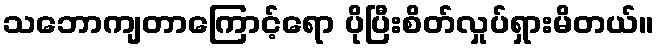
သဘောကျတာကြောင့်ရော ပိုပြီးစိတ်လှုပ်ရှားမိတယ်။